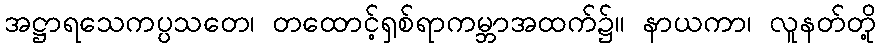
အဋ္ဌာရသေကပ္ပသတေ၊ တထောင့်ရှစ်ရာကမ္ဘာအထက်၌။ နာယကာ၊ လူနတ်တို့